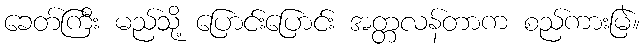
ခေတ်ကြီး မည်သို့ ပြောင်းပြောင်း အတ္တလန်တာက စည်ကားမြဲ။